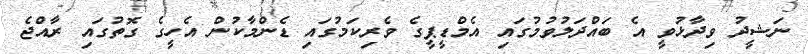
ނަޝީދު ވިދާޅުވީ އެ ބައްދަލުވުމުގައި އެމްޑީޕީގެ ވެރިކަމުގައި ޑެންމާކުން އެހީގެ ގޮތުގައި ރާއްޖެ